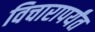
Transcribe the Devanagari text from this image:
विचारापर्यंत